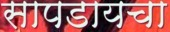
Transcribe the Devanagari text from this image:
सापडायचा